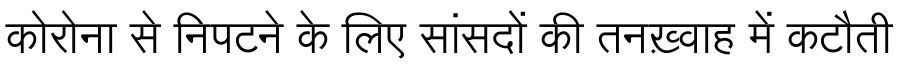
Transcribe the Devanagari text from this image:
कोरोना से निपटने के लिए सांसदों की तनख़्वाह में कटौती